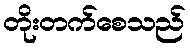
တိုးတက်စေသည်